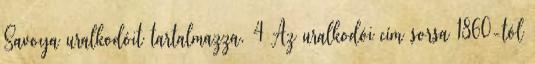
Savoya uralkodóit tartalmazza. 4 Az uralkodói cím sorsa 1860-tól